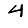
Digit: 4